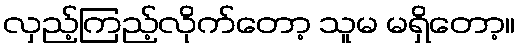
လှည့်ကြည့်လိုက်တော့ သူမ မရှိတော့။